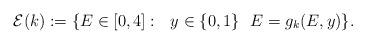
LaTeX: \begin{align*}\mathcal{E}(k) := \{ E \in [0,4] : \ \ y \in \{0,1\} \ \ E = g_k(E,y) \}. \end{align*}